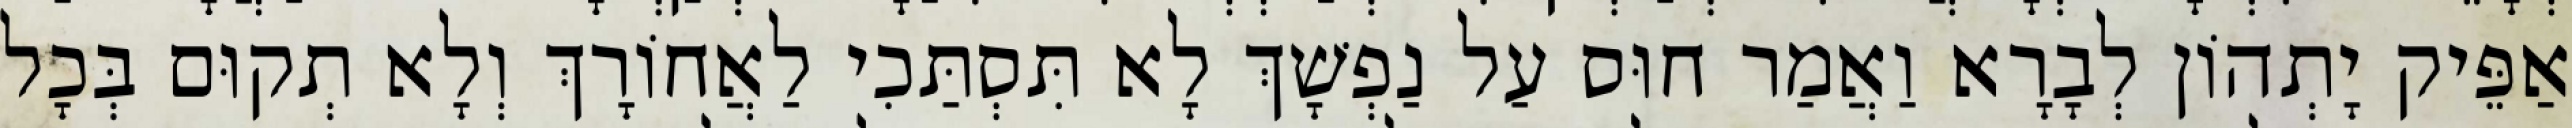
אַפֵּיק יָתְהוֹן לְבָרָא וַאֲמַר חוּס עַל נַפְשָׁךְ לָא תִּסְתַּכִי לַאֲחוֹרָךְ וְלָא תְקוּם בְּכָל